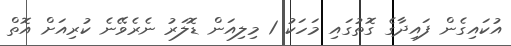
އުކައިގެން ފައިދާގެ ގޮތުގައި މަހަކު 1 މިލިއަން ޑޮލަރު ނެރެވޭނެ ކުރިއަށް އޮތް